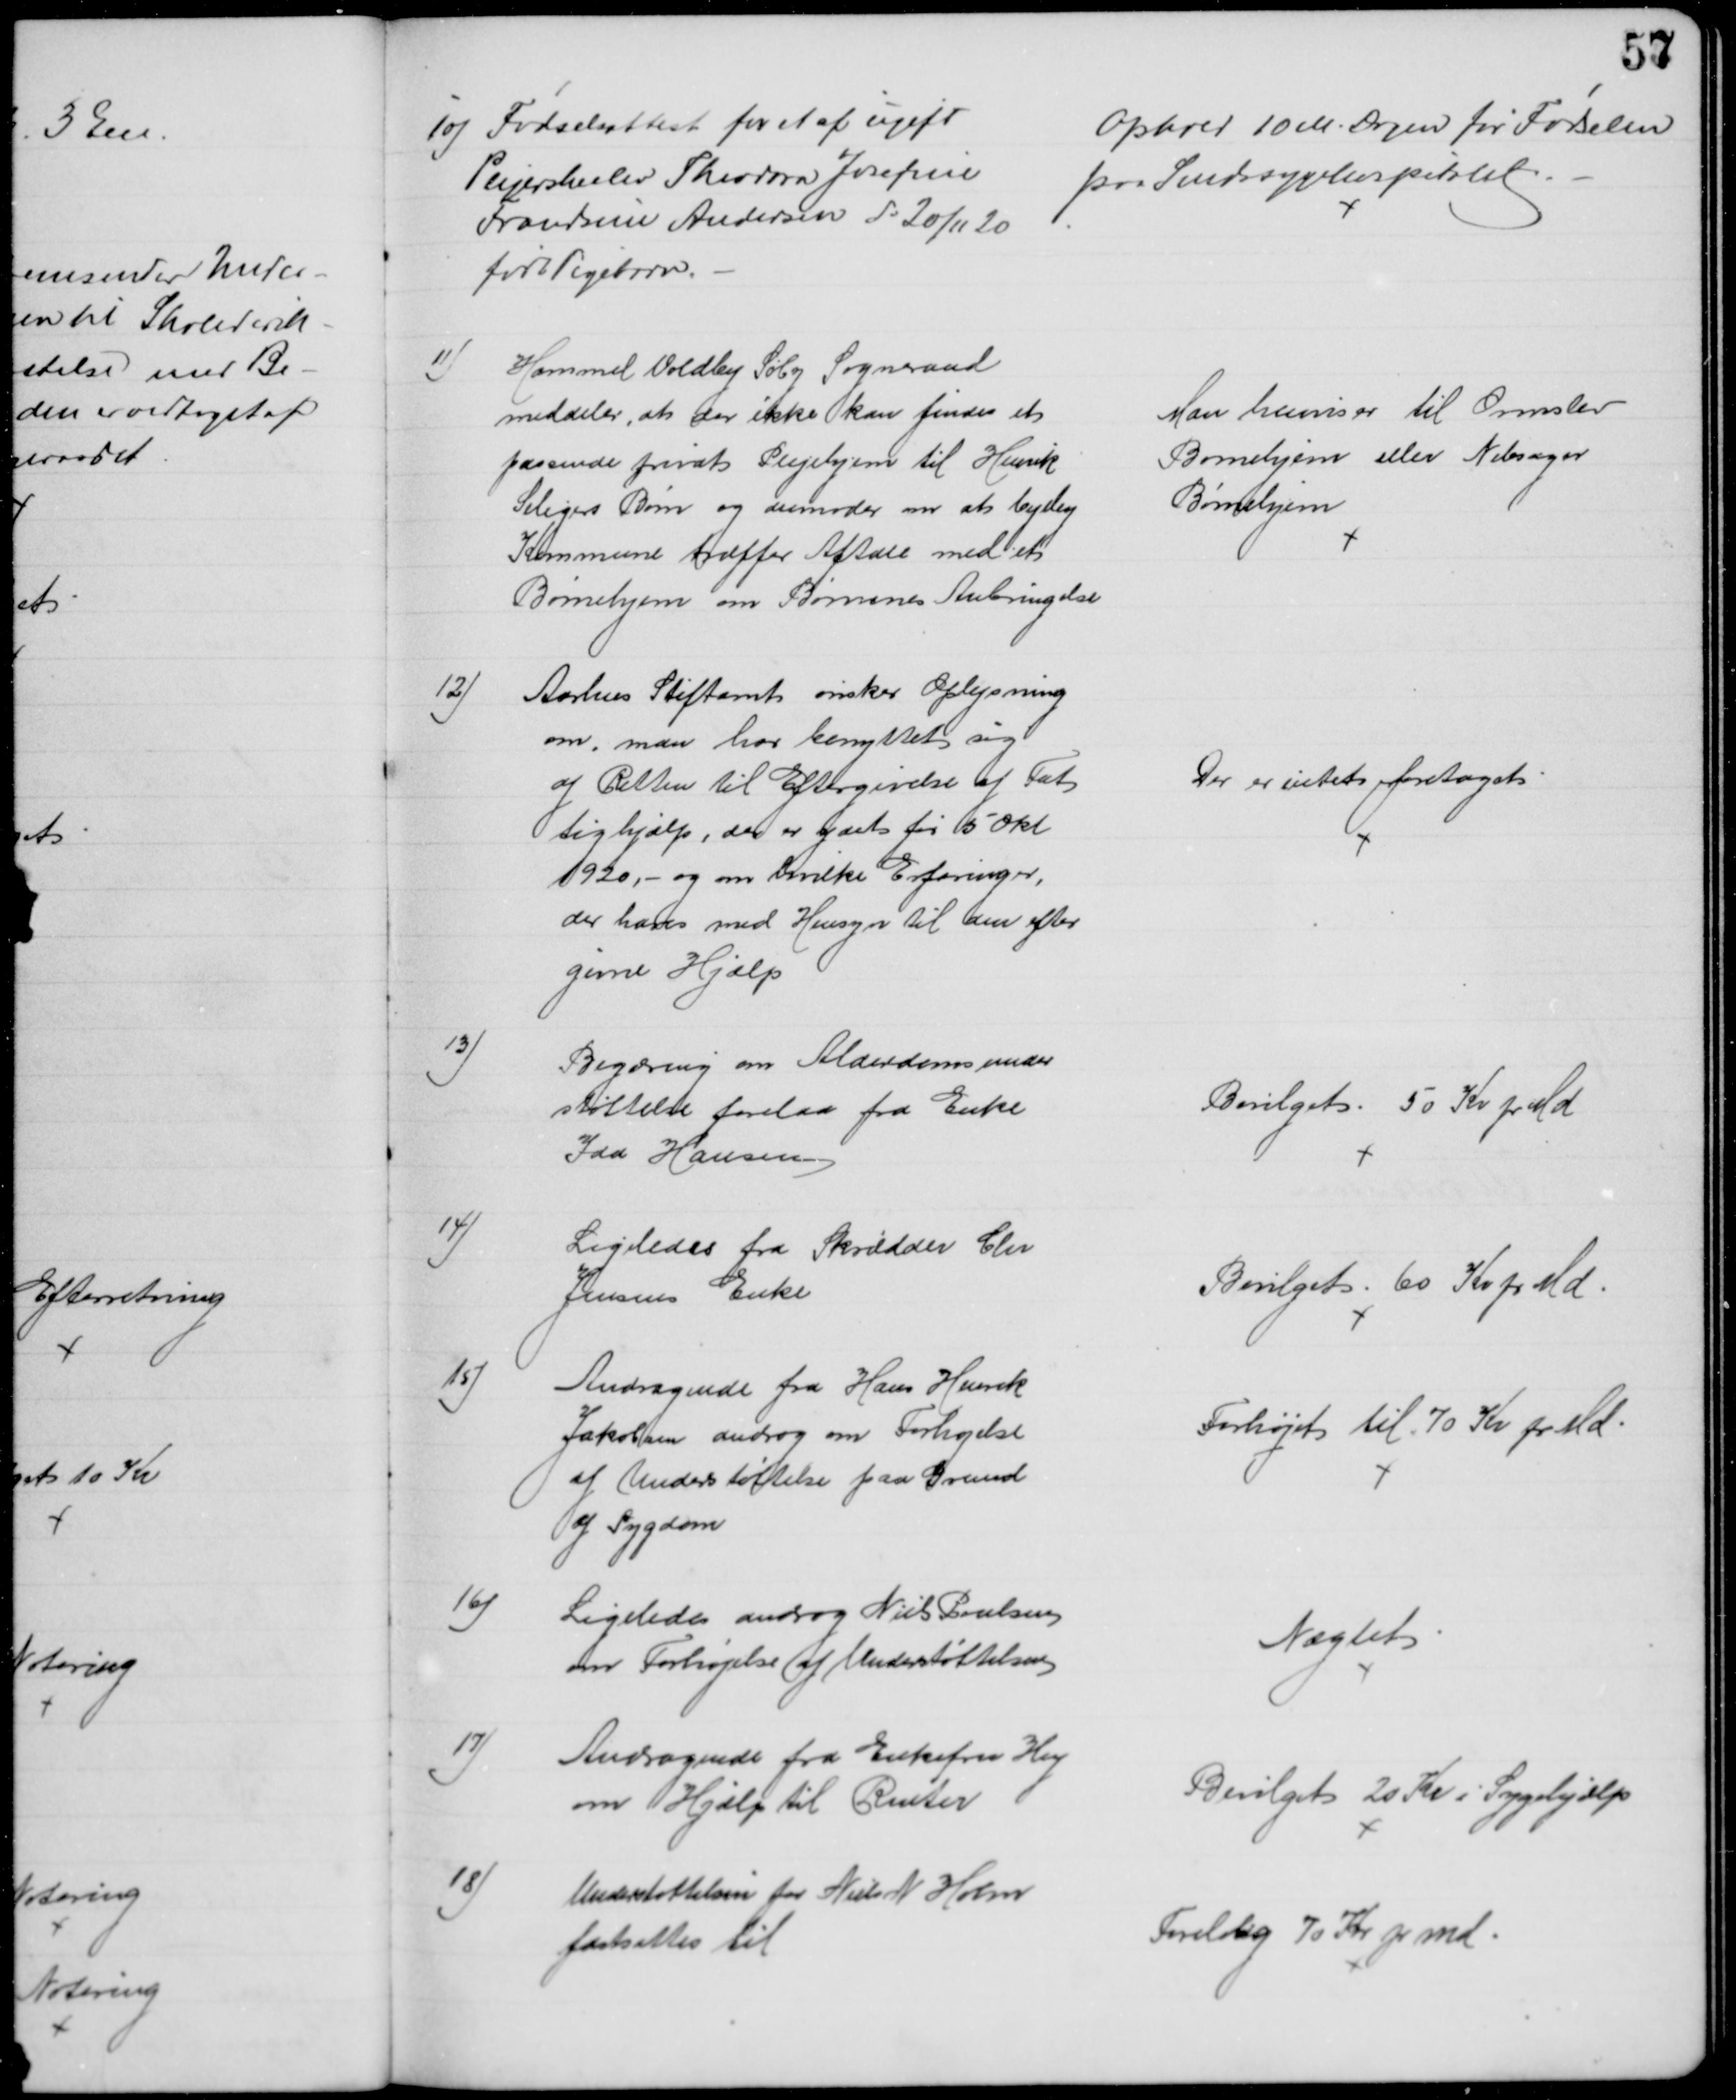
Transskription:
10) Fødselsattest for et af ugift
Plejerskeelev Theodora Josefine
Frandsine Andersen d: 20/11 20
født Pigebarn.
Ophold 10 M. Dagen før Fødselen
paa Sindssygehospitalet.
11)
Hammel Voldby Søby Sogneraad
meddeler, at der ikke kan findes et 
passende privat Plejehjem til Henrik
Seligers Børn og anmoder om at Vejlby
Kommune træffer Aftale med et
Børnehjem om Børnenes Anbringelse
Man henviser til Ormslev
Børnehjem eller Nebsager
Børnehjem
12)
Aarhus Stiftamt ønsker Oplysning
om, man har benyttet sig
af Retten til Eftergivelse af Fat
tighjælp, der er ydet fra 5 Okt.
1920, - og om hvilke Erfaringer,
der haves med Hensyn til den efter
givne Hjælp
Der er intet foretaget.
13)
Begæring om Alderdomsunder
støttelse forelaa fra Enke
Ida Hansen
Bevilget 50 Kr pr Md
14)
Ligeledes fra Skrædder Chr
Jensens Enke
Bevilget 60 Kr pr Md
15)
Andragende fra Hans Henrik
Jakobsen androg om Forhøjelse
af Understøttelse paa Grund
af Sygdom
Forhøjet til 70 Kr pr Md.
16)
Ligeledes androg Niels Poulsen
om Forhøjelse af Understøttelsen
Nægtet
17)
Andragende fra Enkefru Hey
om Hjælp til Renter
Bevilget 20 Kr i Sygehjælp
18)
Understøttelsen for Niels N Holm
fastsattes til
Foreløbig 70 Kr pr md